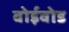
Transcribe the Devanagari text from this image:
वोईवोड